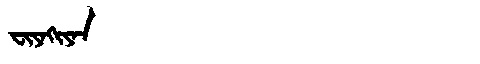
Manchu: ᠸᡳᠶᠠᡴᡳᠶᠠᠨ
Romanization: FIYAKIYAN